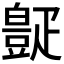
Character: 𪽧